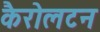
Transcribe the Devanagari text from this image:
कैरोलटन